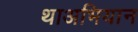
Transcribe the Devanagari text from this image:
थाअभियान